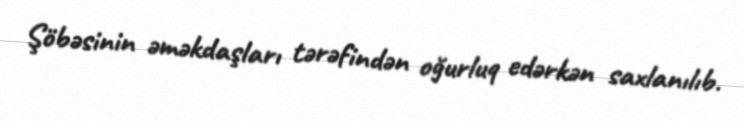
Şöbəsinin əməkdaşları tərəfindən oğurluq edərkən saxlanılıb.